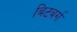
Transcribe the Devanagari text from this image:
बिटबर्ग